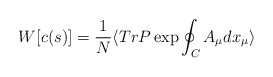
\begin{align*}W[c(s)]=\frac{1}{N}\langle TrP\exp \oint_{C}A_{\mu }dx_{\mu }\rangle\end{align*}